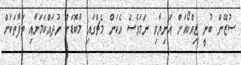
ސުޒޭން ބުނީ ޒިވްކޯއަށް އަނިޔާވި ނަމަވެސް އެކަން މެޗްގައި މާބޮޑަށް ނުދައްކަމަށާއި ތަފާތަކަށް